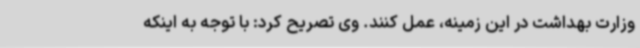
وزارت بهداشت در این زمینه، عمل کنند. وی تصریح کرد: با توجه به اینکه